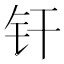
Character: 𬬧